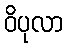
ဝိပုလာ